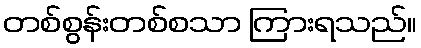
တစ်စွန်းတစ်စသာ ကြားရသည်။